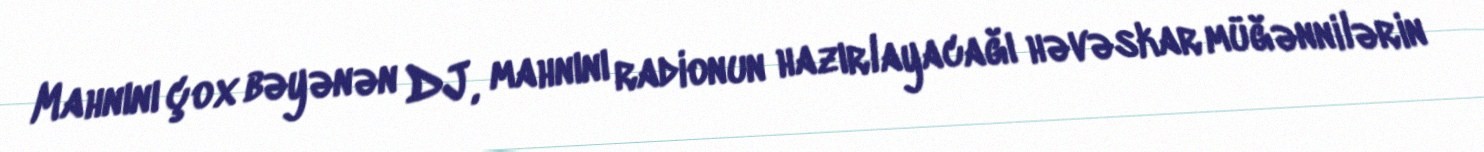
Mahnını çox bəyənən DJ, mahnını radionun hazırlayacağı həvəskar müğənnilərin